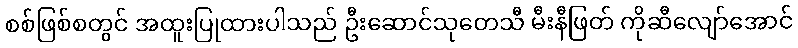
စစ်ဖြစ်စတွင် အထူးပြုထားပါသည် ဦးဆောင်သုတေသီ မီးနီဖြတ် ကိုဆီလျော်အောင်